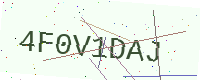
Text: 4F0V1DAJ